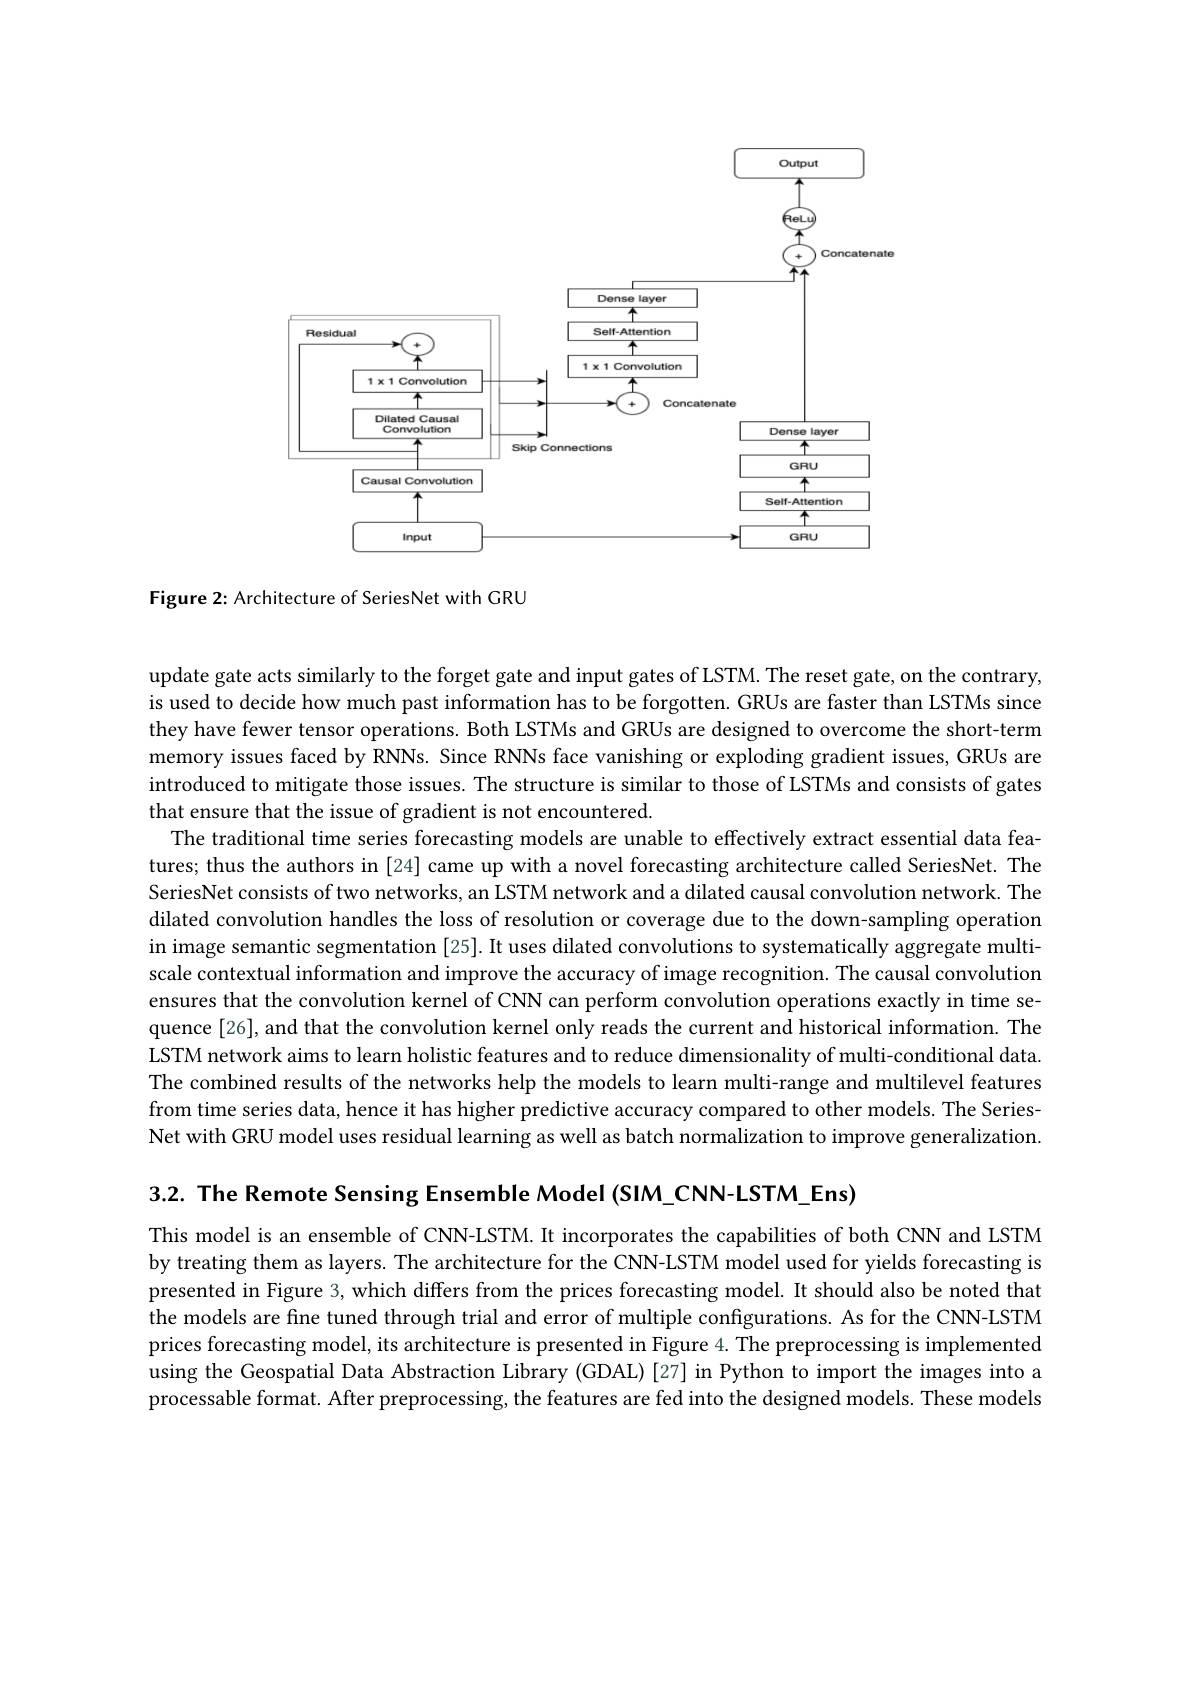
<FigureHere>

Figure 2: Architecture of SeriesNet with GRU

update gate acts similarly to the forget gate and input gates of LSTM. The reset gate, on the contrary, is used to decide how much past information has to be forgotten. GRUs are faster than LSTMs since they have fewer tensor operations. Both LSTMs and GRUs are designed to overcome the short-term memory issues faced by RNNs. Since RNNs face vanishing or exploding gradient issues, GRUs are introduced to mitigate those issues. The structure is similar to those of LSTMs and consists of gates that ensure that the issue of gradient is not encountered
The traditional time series forecasting models are unable to effectively extract essential data features; thus the authors in [24] came up with a novel forecasting architecture called SeriesNet. The SeriesNet consists of two networks, an LSTM network and a dilated causal convolution network. The dilated convolution handles the loss of resolution or coverage due to the down-sampling operation in image semantic segmentation [25]. It uses dilated convolutions to systematically aggregate multiscale contextual information and improve the accuracy of image recognition. The causal convolution ensures that the convolution kernel of CNN can perform convolution operations exactly in time sequence[26], and that the convolution kernel only reads the current and historical information. The LSTM network aims to learn holistic features and to reduce dimensionality of multi-conditional data The combined results of the networks help the models to learn multi-range and multilevel features from time series data, hence it has higher predictive accuracy compared to other models. The Series Net with GRU model uses residual learning as well as batch normalization to improve generalization

3.2. The Remote Sensing Ensemble Model (SIM\_CNN-LSTM\_Ens)

This model is an ensemble of CNN-LSTM. It incorporates the capabilities of both CNN and LSTM by treating them as layers. The architecture for the CNN-LSTM model used for yields forecasting is presented in Figure 3, which differs from the prices forecasting model. It should also be noted that the models are fine tuned through trial and error of multiple configurations. As for the CNN-LSTM prices forecasting model, its architecture is presented in Figure 4. The preprocessing is implemented using the Geospatial Data Abstraction Library (GDAL) [27] in Python to import the images into a processable format. After preprocessing, the features are fed into the designed models. These models